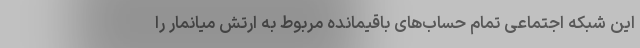
این شبکه اجتماعی تمام حساب‌های باقیمانده مربوط به ارتش میانمار را